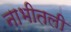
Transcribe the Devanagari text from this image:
नाभीतली